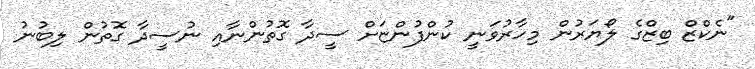
"ނެކްޒް ބިޒްގެ ލޯޔަރުން މިހާރުވަނީ ކުންފުންޏަށް ސީދާ ގޮތުންނާއި ނުސީދާ ގޮތުން ލިބުނު